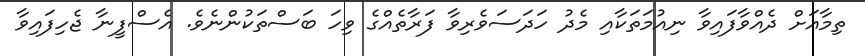
ތިމާއަށް ދެއްވާފައިވާ ނިއުމަތަކާއި މެދު ހަދަސަވެރިވާ ފަރާތެއްގެ ވިހަ ބަސްތަކުންނެވެ. އެސްފީނާ ޖެހިފައިވާ